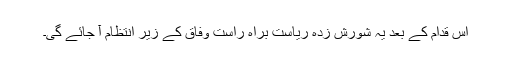
اس قدام کے بعد یہ شورش زدہ ریاست براہ راست وفاق کے زیر انتظام آ جائے گی۔